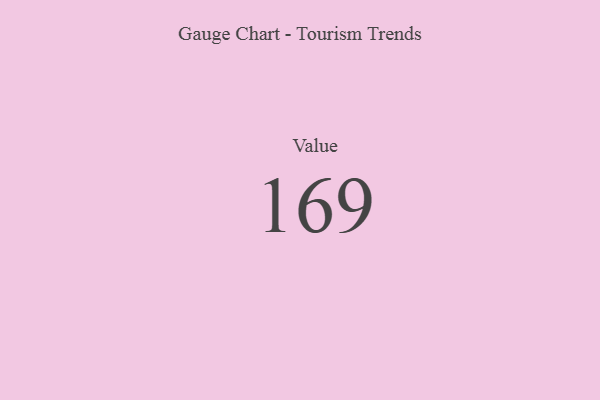
{"axis": {"x": "Metric", "y": "Value"}, "legend": [""], "data": [{"x": "Value", "y": 169, "type": ""}]}